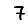
Digit: 7